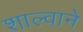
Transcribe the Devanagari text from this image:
शाल्वाने